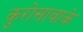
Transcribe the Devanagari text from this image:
कुरोसावाके